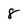
Character: 8